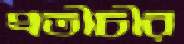
প্রতীচীর